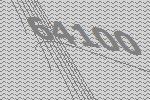
64100